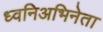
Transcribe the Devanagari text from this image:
ध्वनिअभिनेता